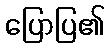
ပြောပြ၏